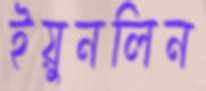
ইয়ুনলিন